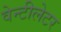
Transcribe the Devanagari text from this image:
वेन्टीलेटर